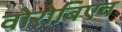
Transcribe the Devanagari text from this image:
वोरोबिएव